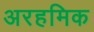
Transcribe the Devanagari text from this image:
अरहमिक